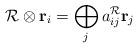
LaTeX: \begin{align*}{\cal R}\otimes {\bf r}_i=\bigoplus\limits_{j}a_{ij}^{\cal R} {\bf r}_j\end{align*}